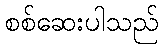
စစ်ဆေးပါသည်